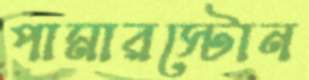
পামারস্টোন